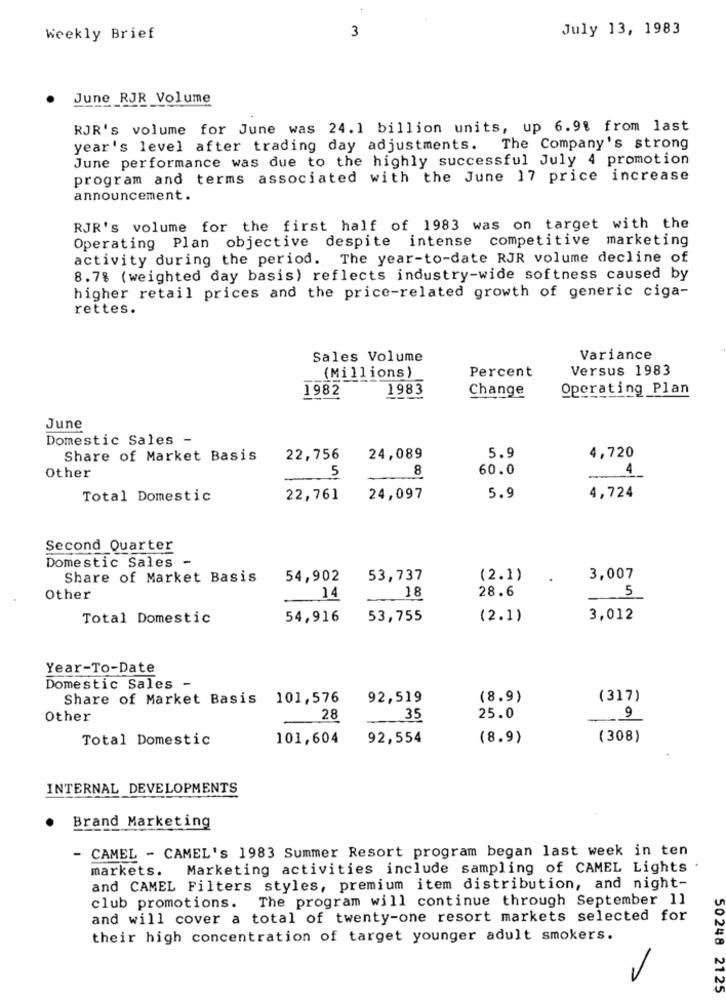
+
3
July 13, 1983
Weekly Brief
June RJR Volume
RJR's volume for June was 24.1 billion units, up 6.9% from last
year's level after trading day adjustments. The Company's strong
June performance was due to the highly successful July 4 promotion
program and terms associated with the June 17 price increase
announcement.
RJR's volume for the first half of 1983 was on target with the
Operating Plan objective despite intense competitive marketing
activity during the period. The year-to-date RJR volume decline of
8.78 (weighted day basis) reflects industry-wide softness caused by
higher retail prices and the price-related growth of generic ciga-
rettes.
Sales Volume
Variance
Percent
Versus 1983
(Millions)
1982
1983
Change
Operating Plan
June
Domestic Sales -
Share of Market Basis
22,756
24,089
5.9
4,720
8
60.0
4
Other
5
Total Domestic
22,761
24,097
5.9
4,724
Second Quarter
Domestic Sales -
Share of Market Basis
54,902
53,737
(2.1)
3,007
28.6
Other
14
18
5
Total Domestic
54,916
53,755
(2.1)
3,012
Year-To-Date
Domestic Sales -
Share of Market Basis 101,576
92,519
(8.9)
(317)
Other
28
35
25.0
9
Total Domestic
101,604
92,554
(8.9)
(308)
INTERNAL DEVELOPMENTS
Brand Marketing
- CAMEL - CAMEL's 1983 Summer Resort program began last week in ten
markets. Marketing activities include sampling of CAMEL Lights
and CAMEL Filters styles, premium item distribution, and night-
club promotions. The program will continue through September 11
and will cover a total of twenty-one resort markets selected for
their high concentration of target younger adult smokers.
50248 2125